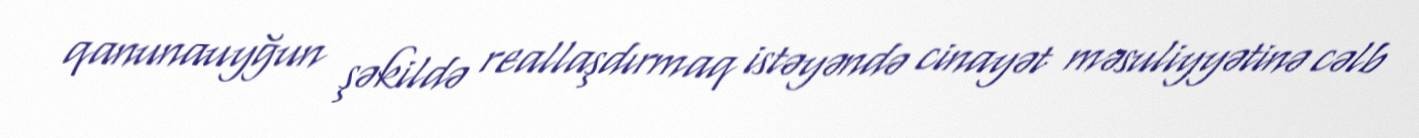
qanunauyğun şəkildə reallaşdırmaq istəyəndə cinayət məsuliyyətinə cəlb